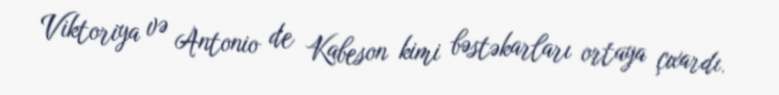
Viktoriya və Antonio de Kabeson kimi bəstəkarları ortaya çıxardı.